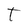
Character: T